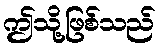
ဤသို့ဖြစ်သည်